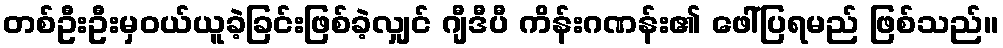
တစ်ဦးဦးမှဝယ်ယူခဲ့ခြင်းဖြစ်ခဲ့လျှင် ဂျီဒီပီ ကိန်းဂဏန်း၏ ဖေါ်ပြရမည် ဖြစ်သည်။